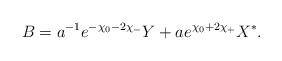
LaTeX: \begin{gather*}B=a^{-1}e^{-\chi_0-2\chi_-}Y+ae^{\chi_0+2\chi_+}X^*.\end{gather*}